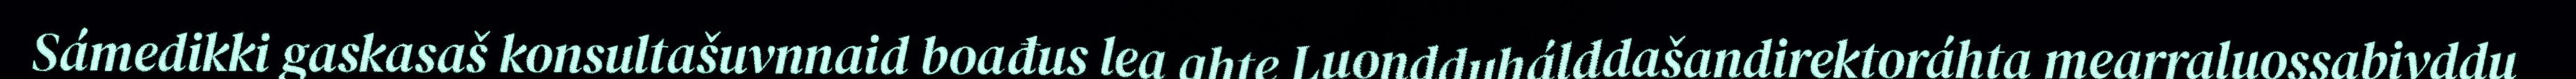
Sámedikki gaskasaš konsultašuvnnaid boađus lea ahte Luondduhálddašandirektoráhta mearraluossabivddu